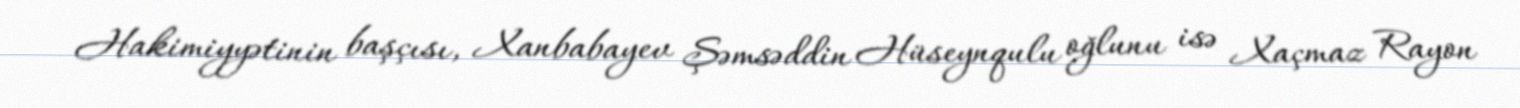
Hakimiyyətinin başçısı, Xanbabayev Şəmsəddin Hüseynqulu oğlunu isə Xaçmaz Rayon